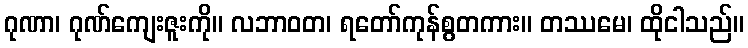
ဂုဏာ၊ ဂုဏ်ကျေးဇူးကို။ လဘာဝတ၊ ရတော်ကုန်စွတကား။ တဿမေ၊ ထိုငါသည်။